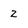
Character: 2